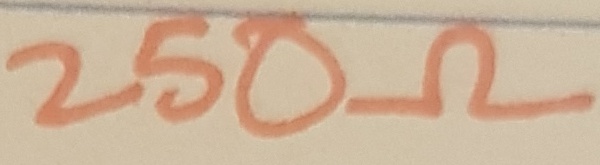
Text: 250Ω